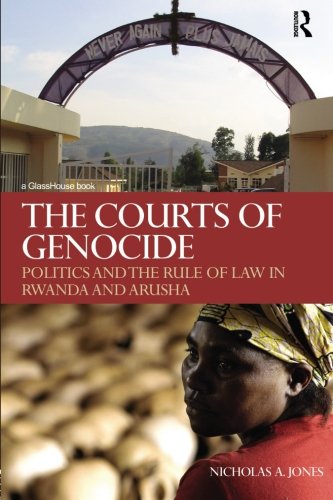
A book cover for The Courts of Genocide: Politics and the Rule of Law in Rwanda and Arusha; Nicholas Jones; Law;